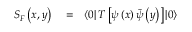
\begin{array} { r l r } { S _ { F } \left( x , y \right) } & { { } = } & { \left< 0 \right| T \left[ \psi \left( x \right) \bar { \psi } \left( y \right) \right] \left| 0 \right> } \end{array}